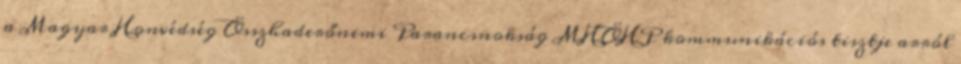
a Magyar Honvédség Összhaderőnemi Parancsnokság MHÖHP kommunikációs tisztje arról